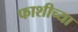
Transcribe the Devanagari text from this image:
फाशीच्या